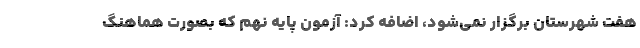
هفت شهرستان‌ برگزار نمی‌شود، اضافه کرد: آزمون پایه نهم که بصورت هماهنگ